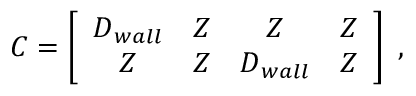
\boldsymbol { C } = \left[ \begin{array} { c c c c } { \boldsymbol { D } _ { w a l l } } & { \boldsymbol { Z } } & { \boldsymbol { Z } } & { \boldsymbol { Z } } \\ { \boldsymbol { Z } } & { \boldsymbol { Z } } & { \boldsymbol { D } _ { w a l l } } & { \boldsymbol { Z } } \end{array} \right] \mathrm { ~ , ~ }